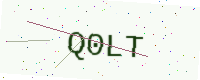
Text: Q0LT